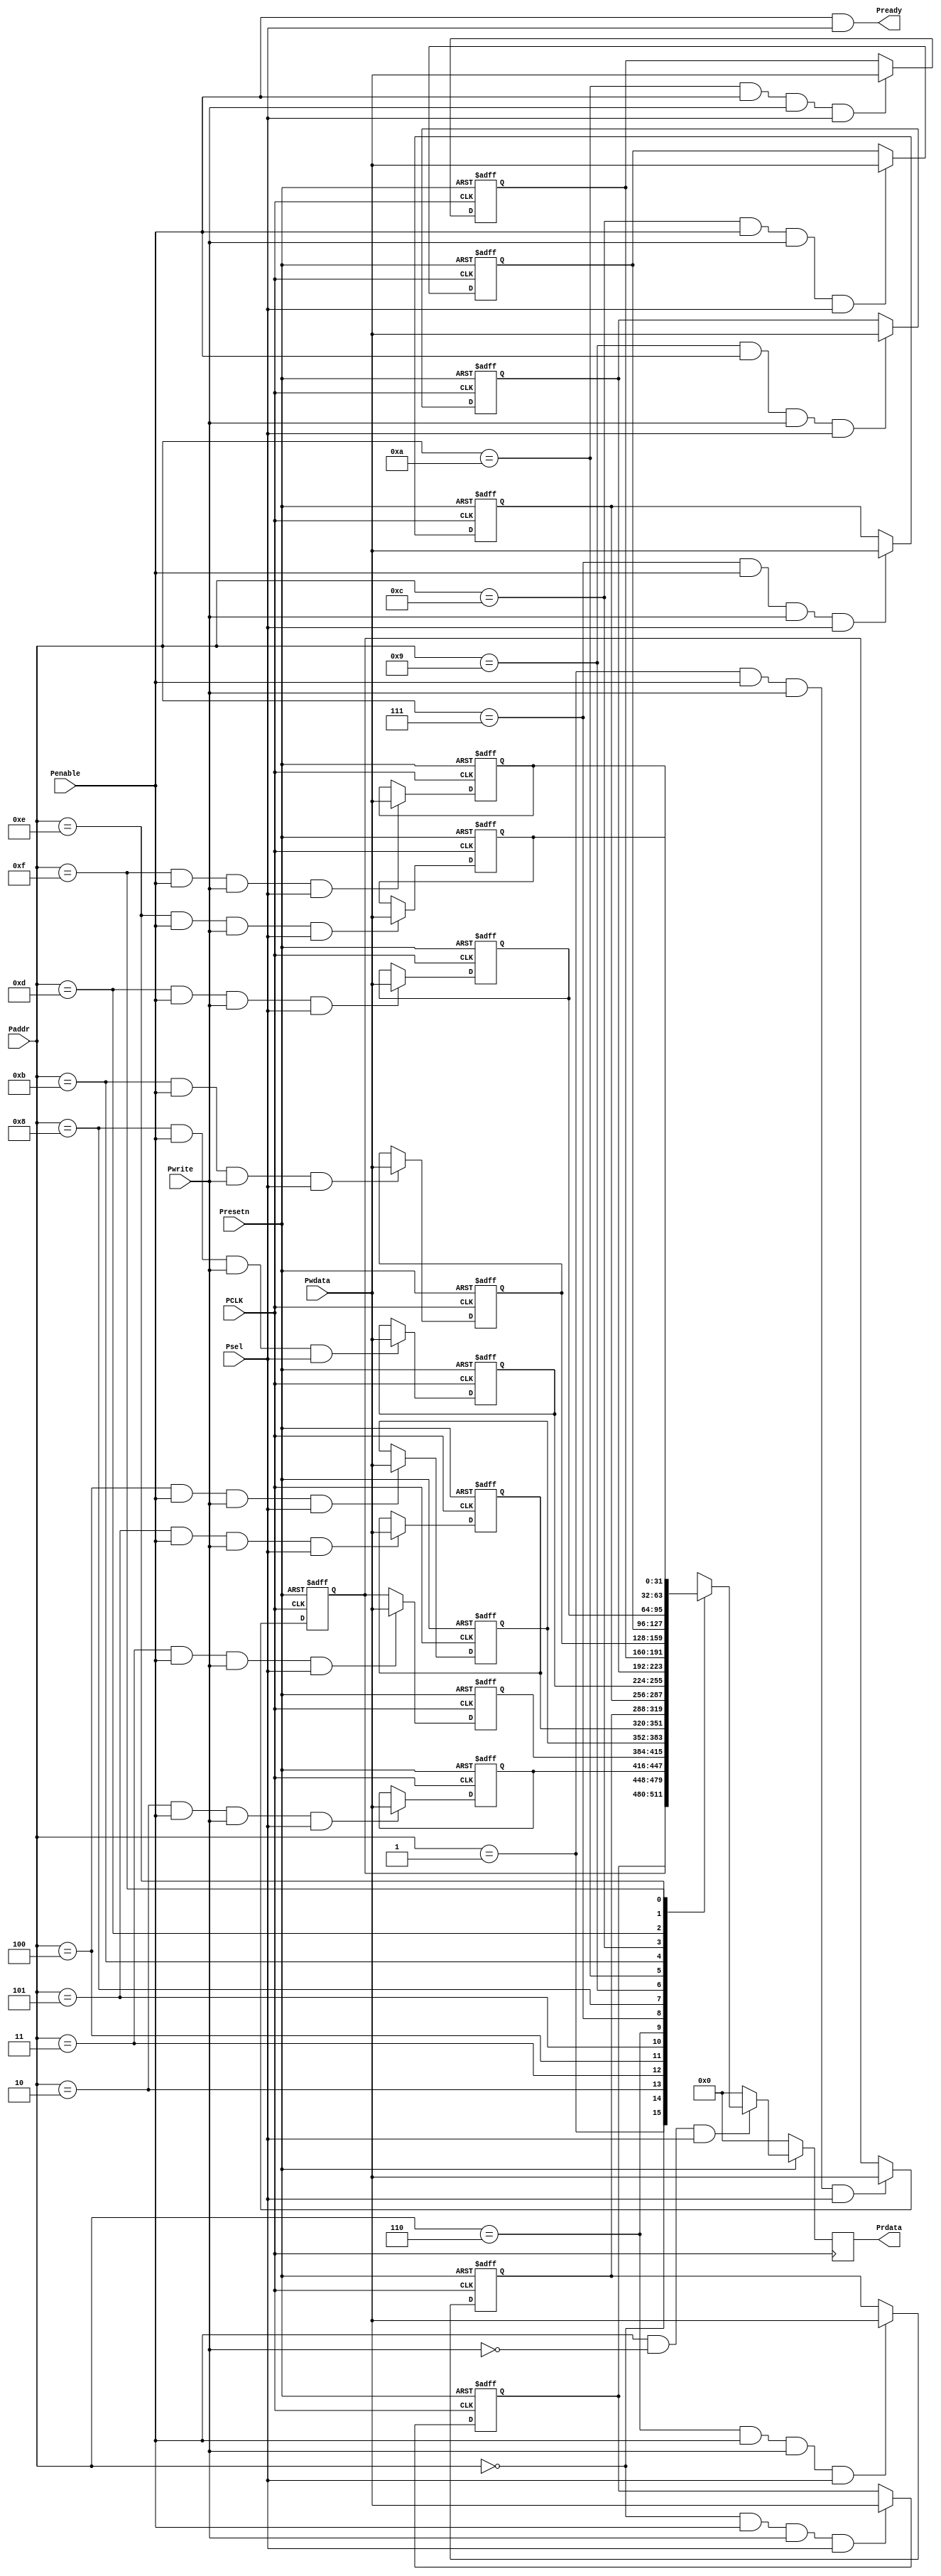
module abp_slave
(
 input          PCLK,
 input          Presetn,
 input [3:0]    Paddr,
 input          Psel,
 input          Penable,
 input          Pwrite,
 input [31:0]   Pwdata,
 output         Pready,
 output reg [31:0] Prdata 
);
reg [31:0]memory[15:0];

////////////////////////////
////////Write Logic////////
//////////////////////////



/**************************************************************/
always @ (posedge PCLK , negedge Presetn) //Synchronous reset
  begin
       if(!Presetn)
         memory[0] <= 32'b0 ;
     
       else
           begin
                if (Paddr ==4'b0 && Penable && Pwrite && Psel)
                   memory [0] <= Pwdata;
                else
                    memory [0] <= memory[0]; ///does nothing
           end
  end

/**************************************************************/


/**************************************************************/
always @ (posedge PCLK or negedge Presetn) //Synchronous reset
  begin
       if(!Presetn)
         memory[1] <= 32'b0 ;
     
       else
           begin
                if (Paddr == 4'b0001 && Penable && Pwrite && Psel)
                   memory [1] <= Pwdata;
                else
                    memory [1] <= memory[1]; ///does nothing
           end
  end

/**************************************************************/

/**************************************************************/
always @ (posedge PCLK or negedge Presetn) //Synchronous reset
  begin
       if(!Presetn)
         memory[2] <= 32'b0 ;
     
       else
           begin
                if (Paddr == 4'b0010 && Penable && Pwrite && Psel)
                   memory [2] <= Pwdata;
                else
                    memory [2] <= memory[2]; ///does nothing
           end
  end

/**************************************************************/

/**************************************************************/
always @ (posedge PCLK or negedge Presetn) //Synchronous reset
  begin
       if(!Presetn)
         memory[3] <= 32'b0 ;
     
       else
           begin
                if (Paddr == 4'b0011 && Penable && Pwrite && Psel)
                   memory [3] <= Pwdata;
                else
                    memory [3] <= memory[1]; ///does nothing
           end
  end

/**************************************************************/


/**************************************************************/
always @ (posedge PCLK or negedge Presetn) //Synchronous reset
  begin
       if(!Presetn)
         memory[4] <= 32'b0 ;
     
       else
           begin
                if (Paddr == 4'b0100 && Penable && Pwrite && Psel)
                   memory [4] <= Pwdata;
                else
                    memory [4] <= memory[4]; ///does nothing
           end
  end

/**************************************************************/


/**************************************************************/
always @ (posedge PCLK or negedge Presetn) //Synchronous reset
  begin
       if(!Presetn)
         memory[5] <= 32'b0 ;
     
       else
           begin
                if (Paddr == 4'b0101 && Penable && Pwrite && Psel)
                   memory [5] <= Pwdata;
                else
                    memory [5] <= memory[5]; ///does nothing
           end
  end

/**************************************************************/



/**************************************************************/
always @ (posedge PCLK or negedge Presetn) //Synchronous reset
  begin
       if(!Presetn)
         memory[6] <= 32'b0 ;
     
       else
           begin
                if (Paddr == 4'b0110 && Penable && Pwrite && Psel)
                   memory [6] <= Pwdata;
                else
                    memory [6] <= memory[6]; ///does nothing
           end
  end

/**************************************************************/



/**************************************************************/
always @ (posedge PCLK or negedge Presetn) //Synchronous reset
  begin
       if(!Presetn)
         memory[7] <= 32'b0 ;
     
       else
           begin
                if (Paddr == 4'b0111 && Penable && Pwrite && Psel)
                   memory [7] <= Pwdata;
                else
                    memory [7] <= memory[7]; ///does nothing
           end
  end

/**************************************************************/

/**************************************************************/
always @ (posedge PCLK or negedge Presetn) //Synchronous reset
  begin
       if(!Presetn)
         memory[8] <= 32'b0 ;
     
       else
           begin
                if (Paddr == 4'b1000 && Penable && Pwrite && Psel)
                   memory [8] <= Pwdata;
                else
                    memory [8] <= memory[8]; ///does nothing
           end
  end

/**************************************************************/

/**************************************************************/
always @ (posedge PCLK or negedge Presetn) //Synchronous reset
  begin
       if(!Presetn)
         memory[9] <= 32'b0 ;
     
       else
           begin
                if (Paddr == 4'b1001 && Penable && Pwrite && Psel)
                   memory [9] <= Pwdata;
                else
                    memory [9] <= memory[9]; ///does nothing
           end
  end

/**************************************************************/

/**************************************************************/
always @ (posedge PCLK or negedge Presetn) //Synchronous reset
  begin
       if(!Presetn)
         memory[10] <= 32'b0 ;
     
       else
           begin
                if (Paddr == 4'b1010 && Penable && Pwrite && Psel)
                   memory [10] <= Pwdata;
                else
                    memory [10] <= memory[10]; ///does nothing
           end
  end

/**************************************************************/

/**************************************************************/
always @ (posedge PCLK or negedge Presetn) //Synchronous reset
  begin
       if(!Presetn)
         memory[11] <= 32'b0 ;
     
       else
           begin
                if (Paddr == 4'b1011 && Penable && Pwrite && Psel)
                   memory [11] <= Pwdata;
                else
                    memory [11] <= memory[11]; ///does nothing
           end
  end

/**************************************************************/

/**************************************************************/
always @ (posedge PCLK or negedge Presetn) //Synchronous reset
  begin
       if(!Presetn)
         memory[12] <= 32'b0 ;
     
       else
           begin
                if (Paddr == 4'b1100 && Penable && Pwrite && Psel)
                   memory [12] <= Pwdata;
                else
                    memory [12] <= memory[12]; ///does nothing
           end
  end

/**************************************************************/


/**************************************************************/
always @ (posedge PCLK or negedge Presetn) //Synchronous reset
  begin
       if(!Presetn)
         memory[13] <= 32'b0 ;
     
       else
           begin
                if (Paddr == 4'b1101 && Penable && Pwrite && Psel)
                   memory [13] <= Pwdata;
                else
                    memory [13] <= memory[13]; ///does nothing
           end
  end

/**************************************************************/



/**************************************************************/
always @ (posedge PCLK or negedge Presetn) //Synchronous reset
  begin
       if(!Presetn)
         memory[14] <= 32'b0 ;
     
       else
           begin
                if (Paddr == 4'b1110 && Penable && Pwrite && Psel)
                   memory [14] <= Pwdata;
                else
                    memory [14] <= memory[14]; ///does nothing
           end
  end

/**************************************************************/

/**************************************************************/
always @ (posedge PCLK or negedge Presetn) //Synchronous reset
  begin
       if(!Presetn)
         memory[15] <= 32'b0 ;
     
       else
           begin
                if (Paddr == 4'b1111 && Penable && Pwrite && Psel)
                   memory [15] <= Pwdata;
                else
                    memory [15] <= memory[15]; ///does nothing
           end
  end

/**************************************************************/


//////////////////////////////////////////////////////////////////
//////////////////  READ LOGIC  /////////////////////////////////
////////////////////////////////////////////////////////////////

always @ (posedge PCLK)
  begin
  if(!Presetn)
     Prdata <= 0;
  else
     begin
          if(Penable && (!Pwrite) && Psel)
             begin 
                  case (Paddr)
                  4'b0000 :Prdata <= memory [0];
                  4'b0001 :Prdata <= memory [1];
                  4'b0010 :Prdata <= memory [2];
                  4'b0011 :Prdata <= memory [3]; 
                  4'b0100 :Prdata <= memory [4];
                  4'b0101 :Prdata <= memory [5];
                  4'b0110 :Prdata <= memory [6];                  
                  4'b0111 :Prdata <= memory [7];
                  4'b1000 :Prdata <= memory [8];
                  4'b1001 :Prdata <= memory [9];
                  4'b1010 :Prdata <= memory [10];
                  4'b1011 :Prdata <= memory [11]; 
                  4'b1100 :Prdata <= memory [12];
                  4'b1101 :Prdata <= memory [13];
                  4'b1110 :Prdata <= memory [14];                  
                  4'b1111 :Prdata <= memory [15];
                  default : Prdata <= 32'b0;
                  endcase
             end 
          
            else
                Prdata <= 32'b0;
        end
     end

assign Pready = Penable & Psel;


   
  endmodule